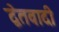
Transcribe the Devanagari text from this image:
द्वेतवादी